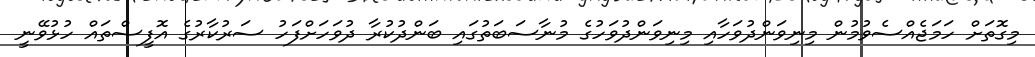
މިގޮތަށް ހަމަޖެއްސެވުމުން މިނިވަންދުވަހާއި މިނިވަންދުވަހުގެ މުނާސަބަތުގައި ބަންދުކުރާ ދުވަހަށްފަހު ސަރުކާރުގެ އޮފީސްތައް ހުޅުވޭނީ